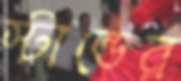
স্টান্ডের